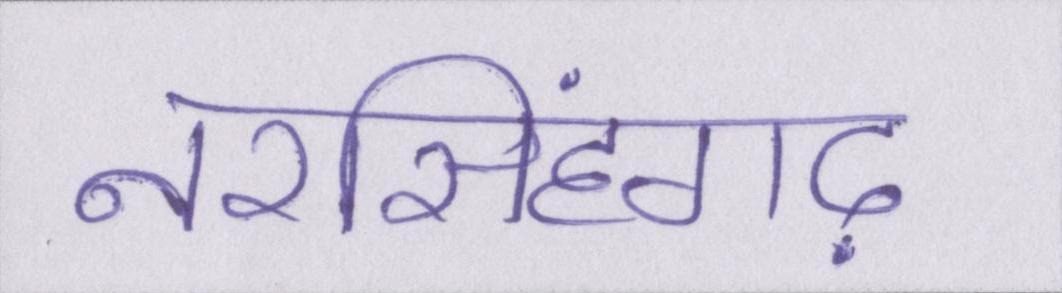
नरसिंहगढ़